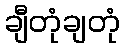
ချီတုံချတုံ